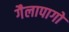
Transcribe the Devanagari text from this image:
गैलापागो